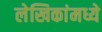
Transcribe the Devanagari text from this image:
लेखिकांमध्ये